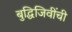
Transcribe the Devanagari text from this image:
बुद्धिजिवींची